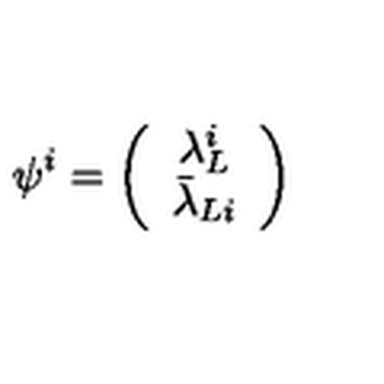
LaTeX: \psi ^ { i } = \left( \begin{array} { c } { \lambda _ { L } ^ { i } } \\ { \bar { \lambda } _ { L i } } \\ \end{array} \right)